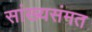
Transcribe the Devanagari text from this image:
सांख्यसंमत